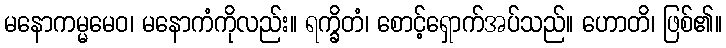
မနောကမ္မမေဝ၊ မနောကံကိုလည်း။ ရက္ခိတံ၊ စောင့်ရှောက်အပ်သည်။ ဟောတိ၊ ဖြစ်၏။